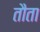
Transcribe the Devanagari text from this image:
तौता